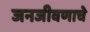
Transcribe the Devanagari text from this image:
जनजीवणाचे